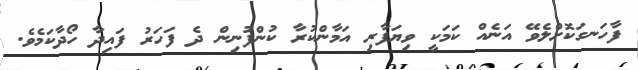
ފާހަނގަކޮށްލެވޭ އަނެއް ކަމަކީ ވިޔަފާރި އަމާންކުރާ ކުންފުނިން ދެ ފަހަރު ފައިދާ ހޯދާކަމެވެ.